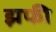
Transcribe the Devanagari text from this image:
झफी